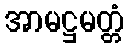
အာမဋ္ဌမတ္တံ